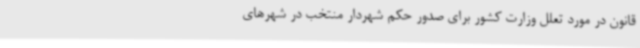
قانون در مورد تعلل وزارت کشور برای صدور حکم شهردار منتخب در شهرهای